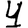
Digit: 4